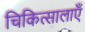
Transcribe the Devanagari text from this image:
चिकित्सालाएँ